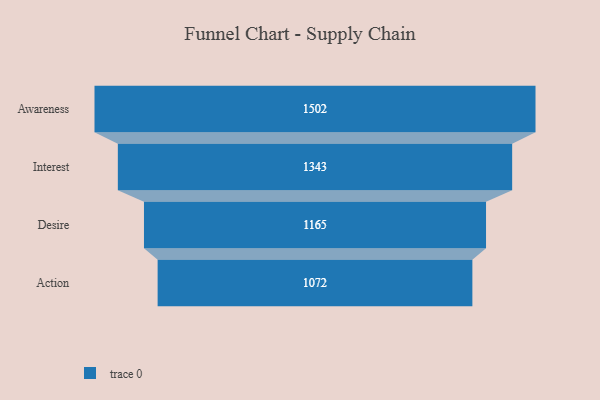
{"axis": {"x": "Stage", "y": "Value"}, "legend": [""], "data": [{"x": "Awareness", "y": 1502.0, "type": ""}, {"x": "Interest", "y": 1343.0, "type": ""}, {"x": "Desire", "y": 1165.0, "type": ""}, {"x": "Action", "y": 1072.0, "type": ""}]}